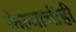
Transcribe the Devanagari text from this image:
केल्याचीही